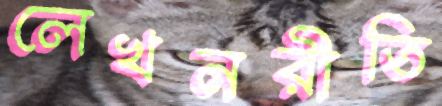
লেখনরীতি